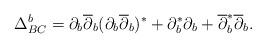
LaTeX: \begin{align*}\Delta_{BC}^b=\partial_b\overline{\partial}_b(\partial_b\overline{\partial}_b)^\ast+\partial_b^\ast\partial_b+\overline{\partial}_b^\ast\overline{\partial}_b.\end{align*}